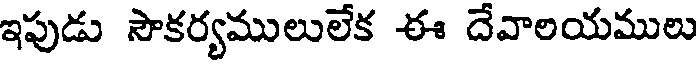
ఇపుడు సౌకర్యములులేక ఈ దేవాలయములు